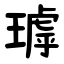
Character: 㻯